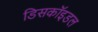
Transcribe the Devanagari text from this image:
डिसकॉइडल